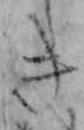
き